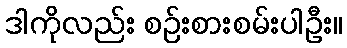
ဒါကိုလည်း စဉ်းစားစမ်းပါဦး။